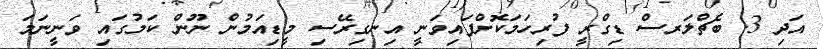
އަދި 3. ބެޗްލަރސް ޑިގްރީ ފުރިހަމަކޮށްފައިވަނީ އިނގިރޭސި މީޑިއަމުން ނޫން ކަމުގައި ވަނީނަމަ